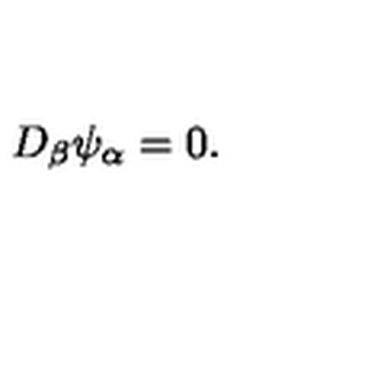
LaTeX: D _ { \beta } \psi _ { \alpha } = 0 .